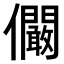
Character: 𠑨